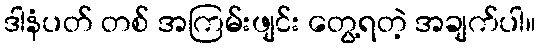
ဒါနံပတ် တစ် အကြမ်းဖျင်း တွေ့ရတဲ့ အချက်ပါ။